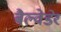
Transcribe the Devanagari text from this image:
बैल्वेडेर